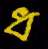
ধ